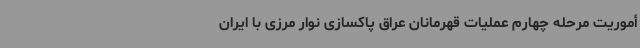
أموریت مرحله چهارم عملیات قهرمانان عراق پاکسازی نوار مرزی با ایران